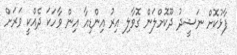
ފާޅުކޮށް ނަޝީދު ދޫކޮށްލަން ގޮވާލި އިރު އިންޑިއާ އިން ވާހަކަ ދެއްކީ ވަރަށް